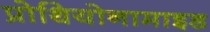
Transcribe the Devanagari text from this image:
प्रोथियोनामाइड